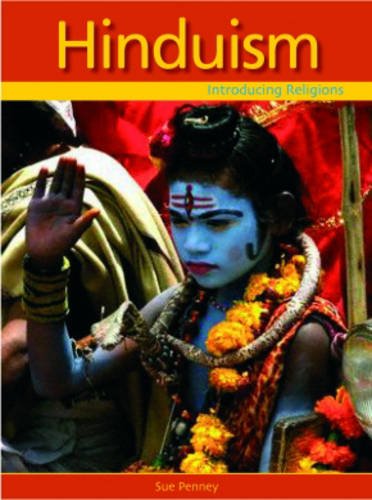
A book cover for Hinduism (Introducing Religions) (Introducing Religions); Sue Penney; Children's Books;